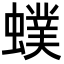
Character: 䗱